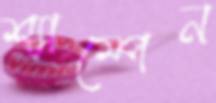
শ্যাম্পেন